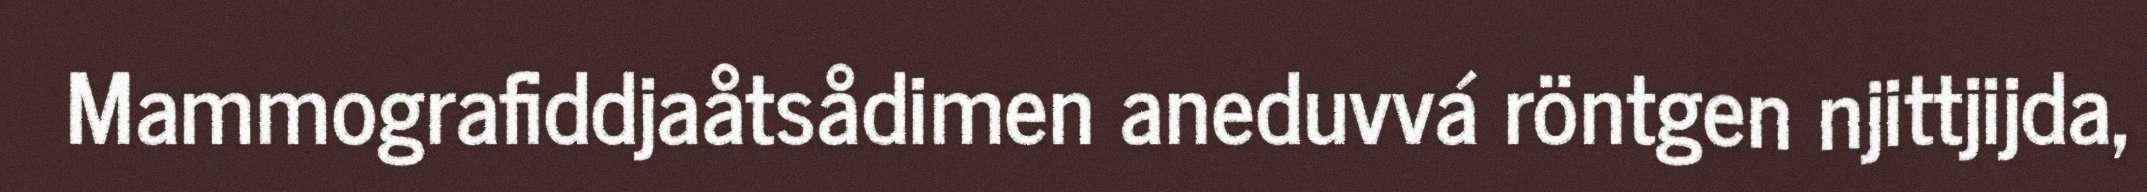
Mammografiddjaåtsådimen aneduvvá röntgen njittjijda,